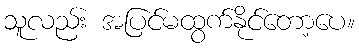
သူလည်း အပြင်မထွက်နိုင်တော့ပေ။